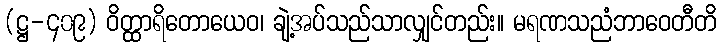
(ဋ္ဌ-၄၀၉) ဝိတ္ထာရိတောယေဝ၊ ချဲ့အပ်သည်သာလျှင်တည်း။ မရဏသညံဘာဝေတီတိ